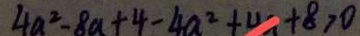
4 a ^ { 2 } - 8 a + 4 - 4 a ^ { 2 } + 4 a + 8 > 0